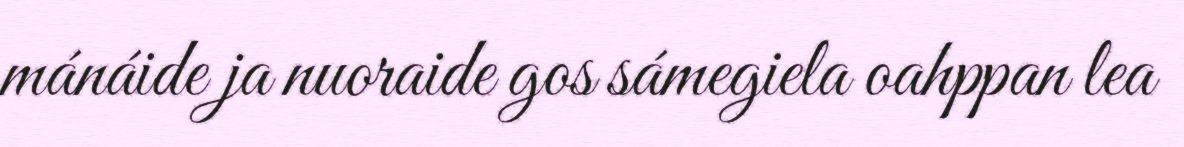
mánáide ja nuoraide gos sámegiela oahppan lea